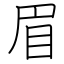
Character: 眉